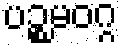
ပဉ္စမဝဂ္ဂ